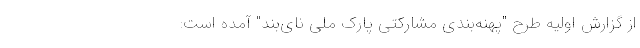
از گزارش اولیه طرح "پهنه‌بندی مشارکتی پارک ملی نای‌بند" آمده است: